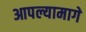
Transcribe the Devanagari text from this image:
आपल्यामागे